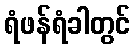
ရံဖန်ရံခါတွင်